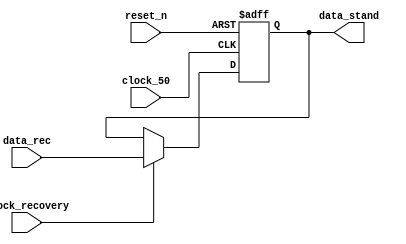
//+FHDR------------------------------------------------------------------------
//Copyright (c) 2013 Latin Group American Integhrated Circuit, Inc. All rights reserved
//GLADIC Open Source RTL
//-----------------------------------------------------------------------------
//FILE NAME	 :
//DEPARTMENT	 : IC Design / Verification
//AUTHORS EMAIL :
//-----------------------------------------------------------------------------
//RELEASE HISTORY
//VERSION DATE AUTHOR DESCRIPTION
//1.0 YYYY-MM-DD name
//-----------------------------------------------------------------------------
//KEYWORDS : General file searching keywords, leave blank if none.
//-----------------------------------------------------------------------------
//PURPOSE  : ECSS_E_ST_50_12C_31_july_2008
//-----------------------------------------------------------------------------
//PARAMETERS
//PARAM NAME		RANGE	: DESCRIPTION : DEFAULT : UNITS
//e.g.DATA_WIDTH	[32,16]	: width of the data : 32:
//-----------------------------------------------------------------------------
//REUSE ISSUES
//Reset Strategy	:
//Clock Domains		:
//Critical Timing	:
//Test Features		:
//Asynchronous I/F	:
//Scan Methodology	:
//Instantiations	:
//Synthesizable (y/n)	:
//Other			:
//-FHDR------------------------------------------------------------------------
module write_axi(
		 input clock_recovery,
		 input clock_50,
		 input reset_n,
		 input [13:0] data_rec,
		 output reg [13:0] data_stand	
		);


always@(posedge clock_50 or negedge reset_n )
begin

	if(!reset_n)
	begin
		data_stand <= 14'd0;
	end
	else
	begin
		if(clock_recovery)
			data_stand <= data_rec;
		else
			data_stand <= data_stand;
	end
end

endmodule